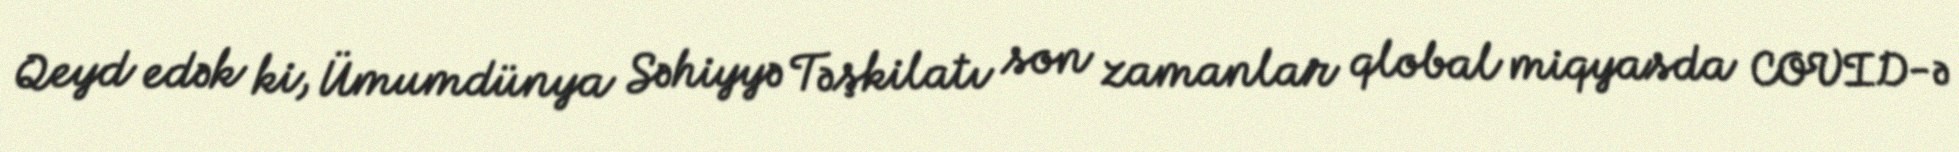
Qeyd edək ki, Ümumdünya Səhiyyə Təşkilatı son zamanlar qlobal miqyasda COVID-ə